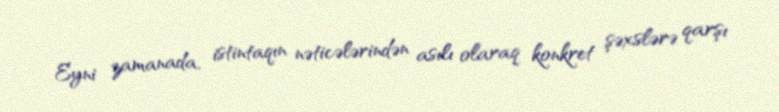
Eyni zamanada, istintaqın nəticələrindən asılı olaraq konkret şəxslərə qarşı